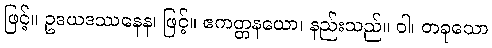
ဖြင့်။ ဥဒယဒဿနေန၊ ဖြင့်။ ဧကတ္တနယော၊ နည်းသည်။ ဝါ၊ တခုသော